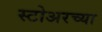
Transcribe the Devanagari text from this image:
स्टोअरच्या